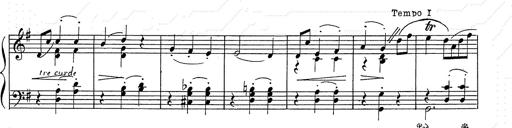
Title: 6 Polish Songs
Composer: Franz Liszt